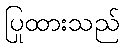
ပြုထားသည်